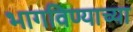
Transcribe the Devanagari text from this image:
भागविण्याच्या